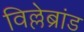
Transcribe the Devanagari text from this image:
विल्लेब्रांड